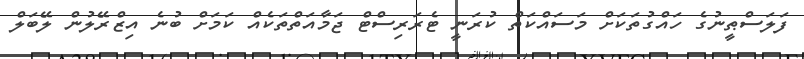
ފަލަސްޠީނުގެ ހައްގުތަކަށް މަސައްކަތް ކުރަނީ ޓެރަރިސްޓް ޖަމާއަތްތަކެއް ކަމަށް ބުނެ އިޒްރޭލުން ލޭބަލް